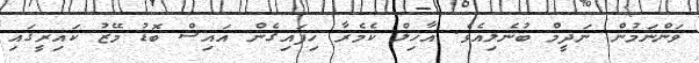
ވަންނަމުން ނަދީމް ބުނެލިއެވެ. އާހިލް ކެމެރާ ހިފައިގެން އައިސް ބޮޑު މޭޒު ކައިރީގައި